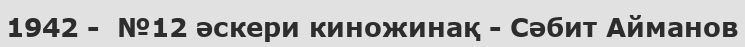
1942 -  №12 әскери киножинақ - Сәбит Айманов